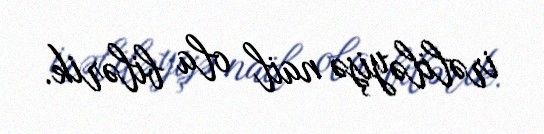
irəliləyişə nail ola bilərik.